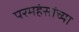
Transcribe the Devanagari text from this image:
परमहंसांच्या